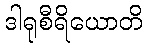
ဒါရုစီရိယောတိ